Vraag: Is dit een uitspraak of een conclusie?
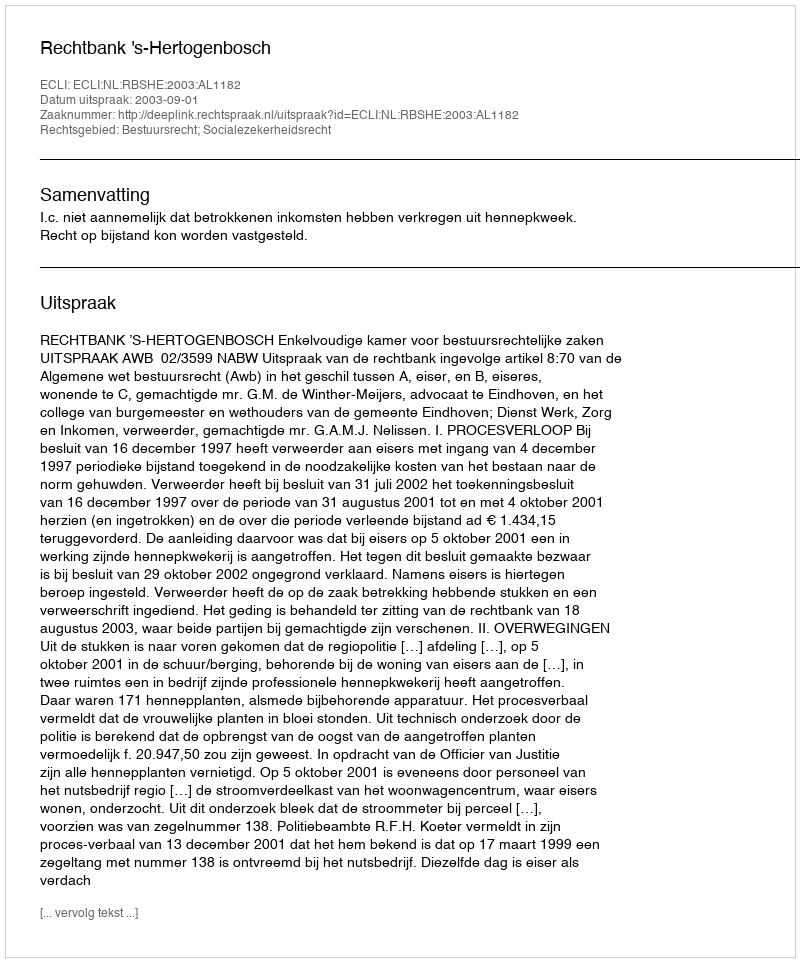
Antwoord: Uitspraak